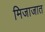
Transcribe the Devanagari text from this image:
मिजाजात